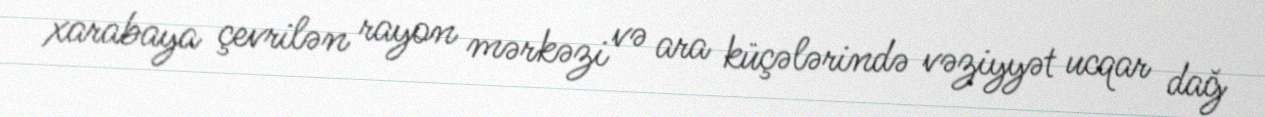
xarabaya çevrilən rayon mərkəzi və ara küçələrində vəziyyət ucqar dağ